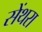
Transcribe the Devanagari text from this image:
सेंथरा